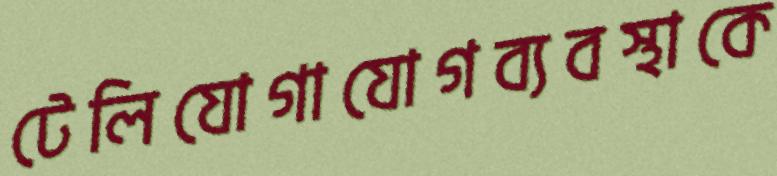
টেলিযোগাযোগব্যবস্থাকে